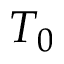
T _ { 0 }